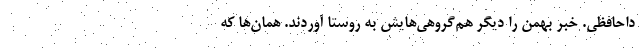
داحافظی. خبر بهمن را دیگر هم‌گروهی‌هایش به روستا آوردند. همان‌ها که